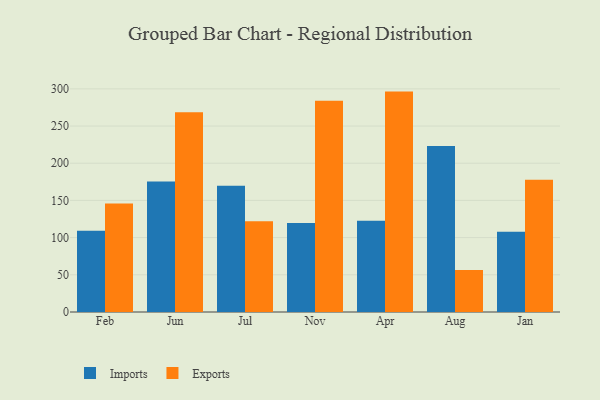
{"axis": {"x": "Month", "y": "Production Output"}, "legend": ["Exports", "Imports"], "data": [{"x": "Feb", "y": 109.3, "type": "Imports"}, {"x": "Feb", "y": 145.9, "type": "Exports"}, {"x": "Jun", "y": 175.3, "type": "Imports"}, {"x": "Jun", "y": 268.4, "type": "Exports"}, {"x": "Jul", "y": 169.7, "type": "Imports"}, {"x": "Jul", "y": 121.9, "type": "Exports"}, {"x": "Nov", "y": 119.6, "type": "Imports"}, {"x": "Nov", "y": 283.9, "type": "Exports"}, {"x": "Apr", "y": 122.8, "type": "Imports"}, {"x": "Apr", "y": 296.3, "type": "Exports"}, {"x": "Aug", "y": 223.2, "type": "Imports"}, {"x": "Aug", "y": 56.6, "type": "Exports"}, {"x": "Jan", "y": 108.0, "type": "Imports"}, {"x": "Jan", "y": 177.7, "type": "Exports"}]}